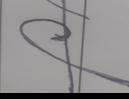
Signature authenticity: forged